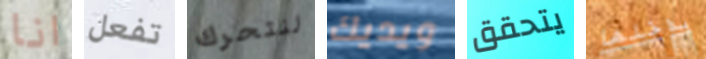
انا تفعل لنتحرك ويديك يتحقق بداخلها